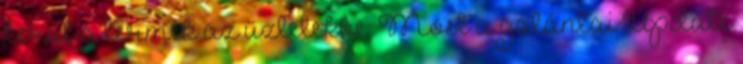
kerül a termék az üzletekbe. Most a galántai Update